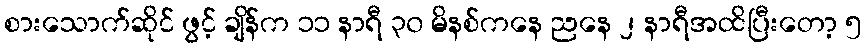
စားသောက်ဆိုင် ဖွင့် ချိန်က ၁၁ နာရီ ၃၀ မိနစ်ကနေ ညနေ ၂ နာရီအထိပြီးတော့ ၅